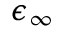
\epsilon _ { \infty }